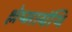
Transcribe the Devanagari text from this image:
श्लेष्माग्रंथि